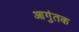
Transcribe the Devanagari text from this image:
आगुंतक